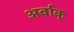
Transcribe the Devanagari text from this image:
अर्वाक्